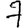
Digit: 7